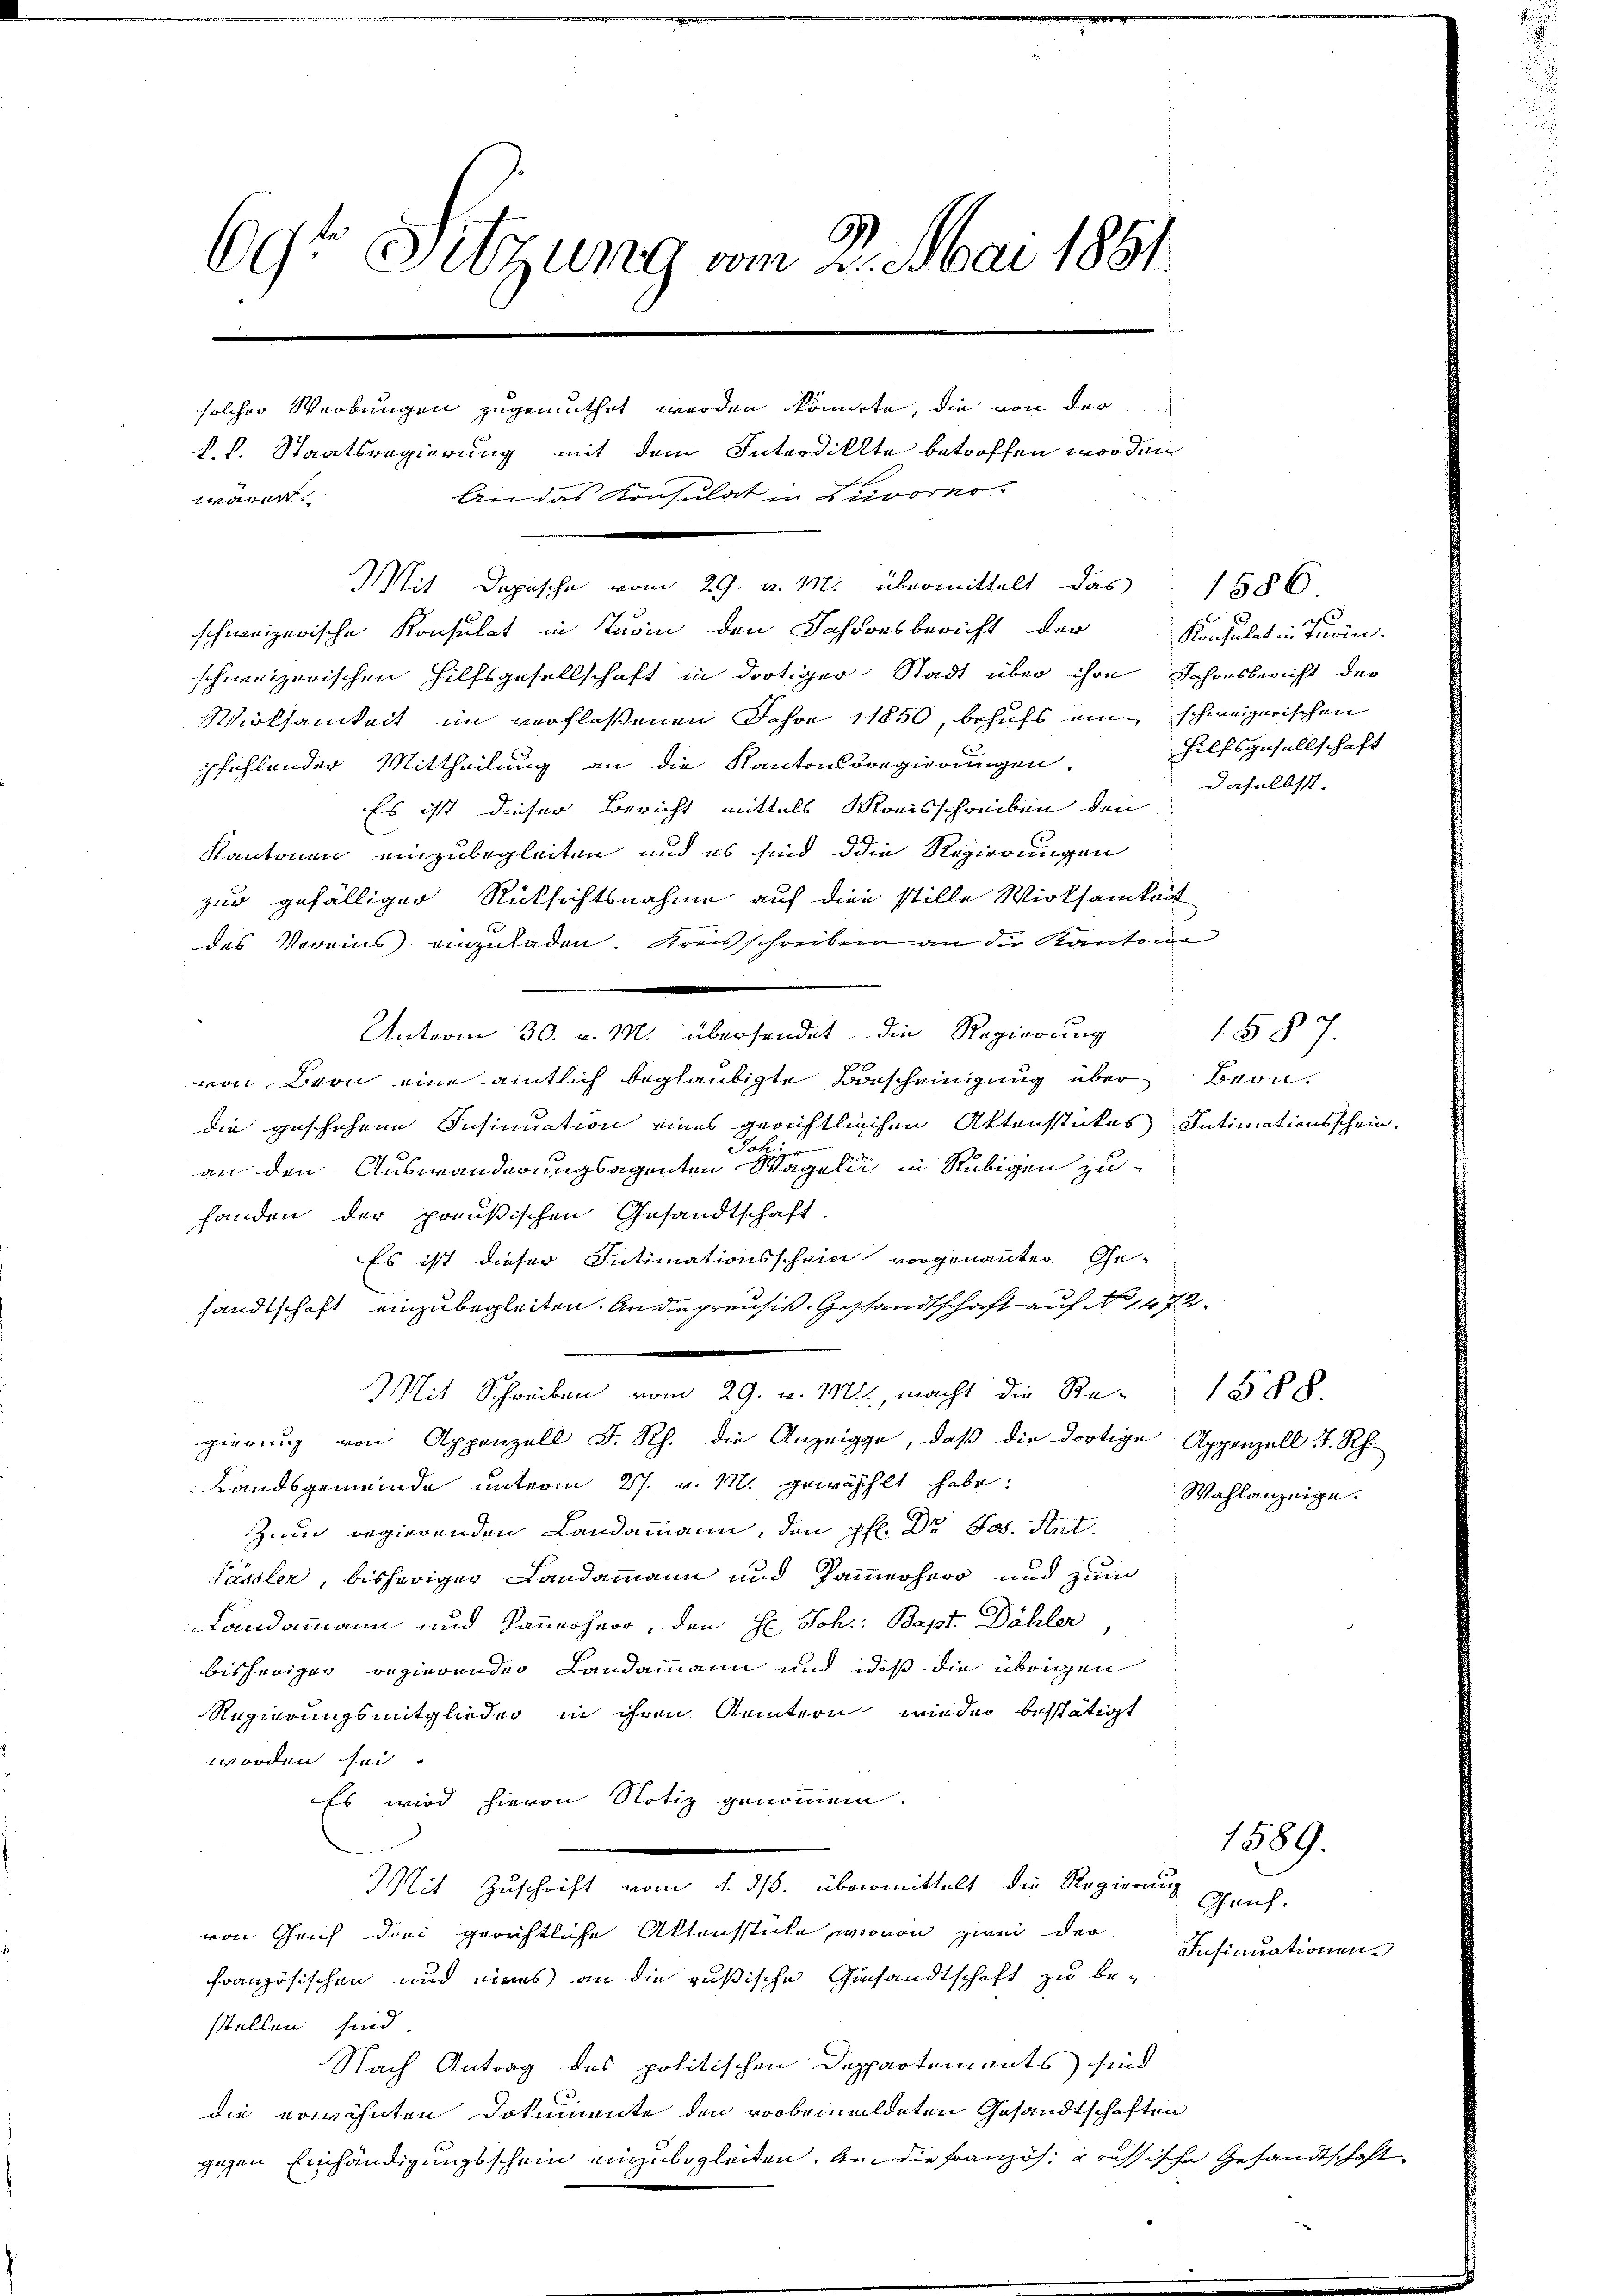
69t Setzung vom 2. Mai 1881.
solcher Werbungen zugemuthet werden könnete, die von der
k. k. Staatsregierung mit dem Interdiktte betroffen worden
An das Konsulat in Livorno.
wären

schweizerische Konsulat in Turin den Jahresbericht der
schweizerischen Hilfsgesellschaft in dortiger Stadt über ihre Jahresbericht der
Wirksamkeit im verflossenen Jahr 11850, behufs ein schweizerischen
pfehlender Mittheilung an die Kantonsregierungen.
Es ist dieser Bericht mittels Kreisschreiben den
Kantonen einzubegleiten, und es sind die Regierungen
zur gefälliger Rücksichtsnahme auf dien stille Wirksamkeit
1
des Voreins einzuladen. Kreisschreiben an die Kantona
Unterm 30. v. M. übersendet die Regierung
von von eine amtlich beglaubigte Bescheinigung über Berndie geschehene Insinuation eines gerichtlichen Aktenstückes Intimationsschein
Jak.
an den Auswanderungsagenten Wägelii in Rubigen zufanden der preußischen Gesandtschaft.
Es ist dieser Intimationsschein vorgenannter Ge-
sandtschaft einzubegleiten. An die preusis. Geschandtschaft auf No 1472.
Mit Schreiben vom 29. v. M. macht die Re- 1588.
gierung von Appenzell F. Rh. die Anzeige, daß die dortige Appenzell I. Rh.
Landsgemeinde unterm 27. v. M. gewählt habe.
Zum regierenden Landammann, den pfl. Dr Jos. Ant.
Pässler, bisheriger Landammann und Kammerherr und zum
Landammann und kannsherr, den H. Joh: Bapt. Dähler
bisheriger Regierender Landammann und daß die übrigen
Regierungsmitglieder in ihren Kemtern wieder bestätigt
worden sei.
Es wird hievon Notiz genommen.
Mit gestalt     1. ds. übermittel die Regende
von Grif drei gerichtliche Aktensstücke, wovon zwei der
französischen und eines an die rußische Ginsandtschaft zu be-
stellen sind
Nach Antrag des politischen Deppartements sind
die erwähnten Dokumente den vorbemeldeten Gesandtschaften
gegen Einhändigungsschein einzubegleiten. An die Französ. Grussische Gesandtschaft

Mit Depesche vom 29. v. M. übermittelt das 1586.

Konsulat in Turin.
Hilfsgesellschaft
daselbst.

Wahlanzeige.

1§§7.

Gauf.
Insinuationen

1589.